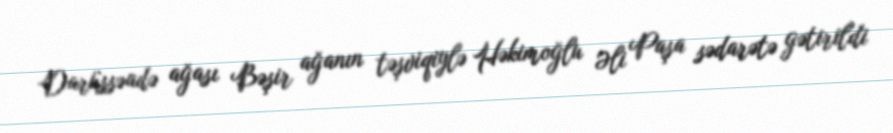
Darüssəadə ağası Bəşir ağanın təşviqiylə Həkimoğlu Əli Paşa sədarətə gətirildi